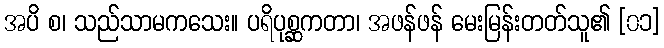
အပိ စ၊ သည်သာမကသေး။ ပရိပုစ္ဆကတာ၊ အဖန်ဖန် မေးမြန်းတတ်သူ၏ [၀၁]